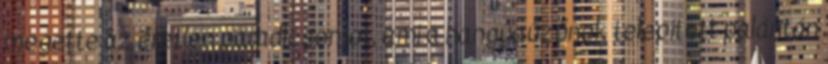
megette az éretlen paradicsomot, ami a hangyaűzőnek telepített palántán